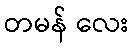
တမန် လေး